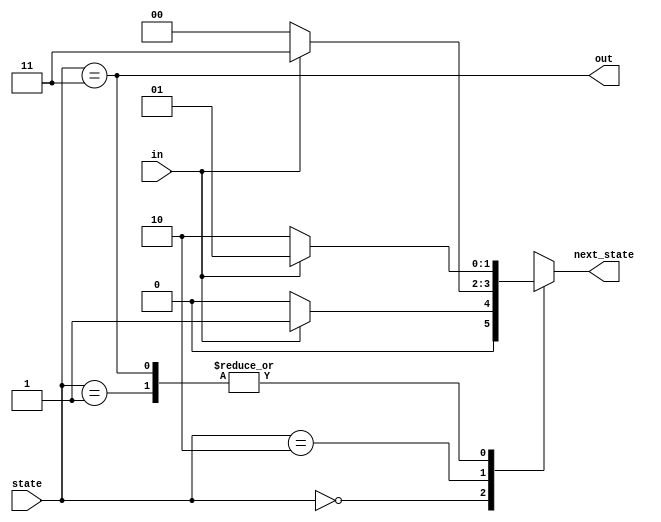
//
//
// https://hdlbits.01xz.net/wiki/Fsm3comb
//
//

`default_nettype none

module top_module(
    input           in,
    input   [1:0]   state,
    output  [1:0]   next_state,
    output          out
);

    parameter   A = 2'd0,
                B = 2'd1,
                C = 2'd2,
                D = 2'd3;

    // State transition logic: Derive an equation for each state flip-flop.
    reg    [1:0]   state_next;
    always @(*) begin
        case (state)
        A   : state_next = in ? B : A;
        B   : state_next = in ? B : C;
        C   : state_next = in ? D : A;
        D   : state_next = in ? B : C;
        endcase
    end

    // Output logic: 
    assign next_state = state_next;

    assign out = (state == D);

endmodule